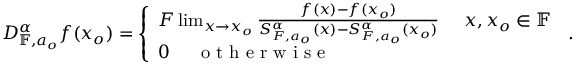
D _ { \mathbb { F } , a _ { o } } ^ { \alpha } f ( x _ { o } ) = \left\{ \begin{array} { l l } { F \operatorname* { l i m } _ { x \rightarrow x _ { o } } \frac { f ( x ) - f ( x _ { o } ) } { S _ { F , a _ { o } } ^ { \alpha } ( x ) - S _ { F , a _ { o } } ^ { \alpha } ( x _ { o } ) } ~ ~ ~ ~ x , x _ { o } \in \mathbb { F } } \\ { 0 ~ ~ ~ ~ \textrm { o t h e r w i s e } } \end{array} \right. \, .